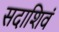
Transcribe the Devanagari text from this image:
सदाशिवं